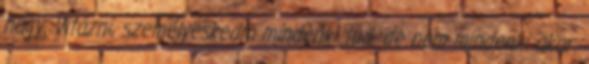
hagy. Vitázni, személyeskedni mindenki tud. de nem mindenki akar.